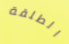
الطلقة